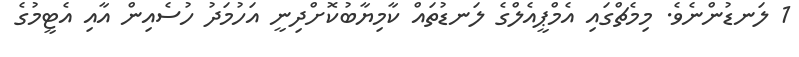
1 ލަނޑުންނެވެ. މިމެޗްގައި އެމްޕީއެލްގެ ލަނޑުތައް ކާމިޔާބުކޮށްދިނީ އަހުމަދު ހުސެއިން އާއި އެޓީމުގެ